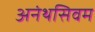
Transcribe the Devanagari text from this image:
अनंथसिवम